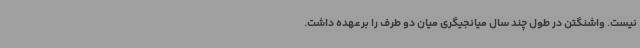
نیست. واشنگتن در طول چند سال میانجیگری میان دو طرف را برعهده داشت.